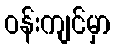
ဝန်းကျင်မှာ